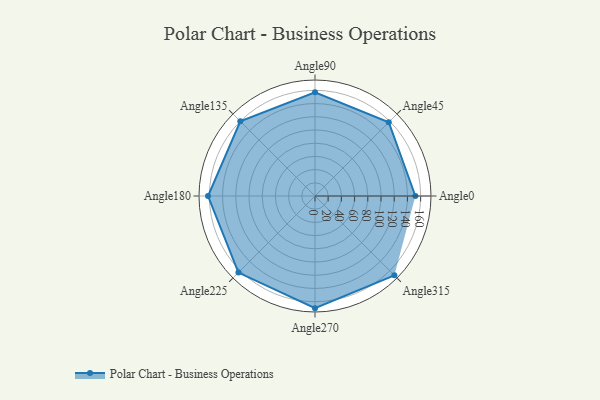
{"axis": {"x": "Angle", "y": "Radius"}, "legend": [""], "data": [{"x": "Angle0", "y": 152.0, "type": ""}, {"x": "Angle45", "y": 158.0, "type": ""}, {"x": "Angle90", "y": 157.0, "type": ""}, {"x": "Angle135", "y": 160.0, "type": ""}, {"x": "Angle180", "y": 162.0, "type": ""}, {"x": "Angle225", "y": 164.0, "type": ""}, {"x": "Angle270", "y": 170, "type": ""}, {"x": "Angle315", "y": 170, "type": ""}]}